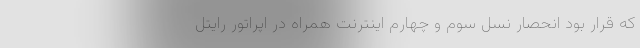
که قرار بود انحصار نسل سوم و چهارم اینترنت همراه در اپراتور رایتل